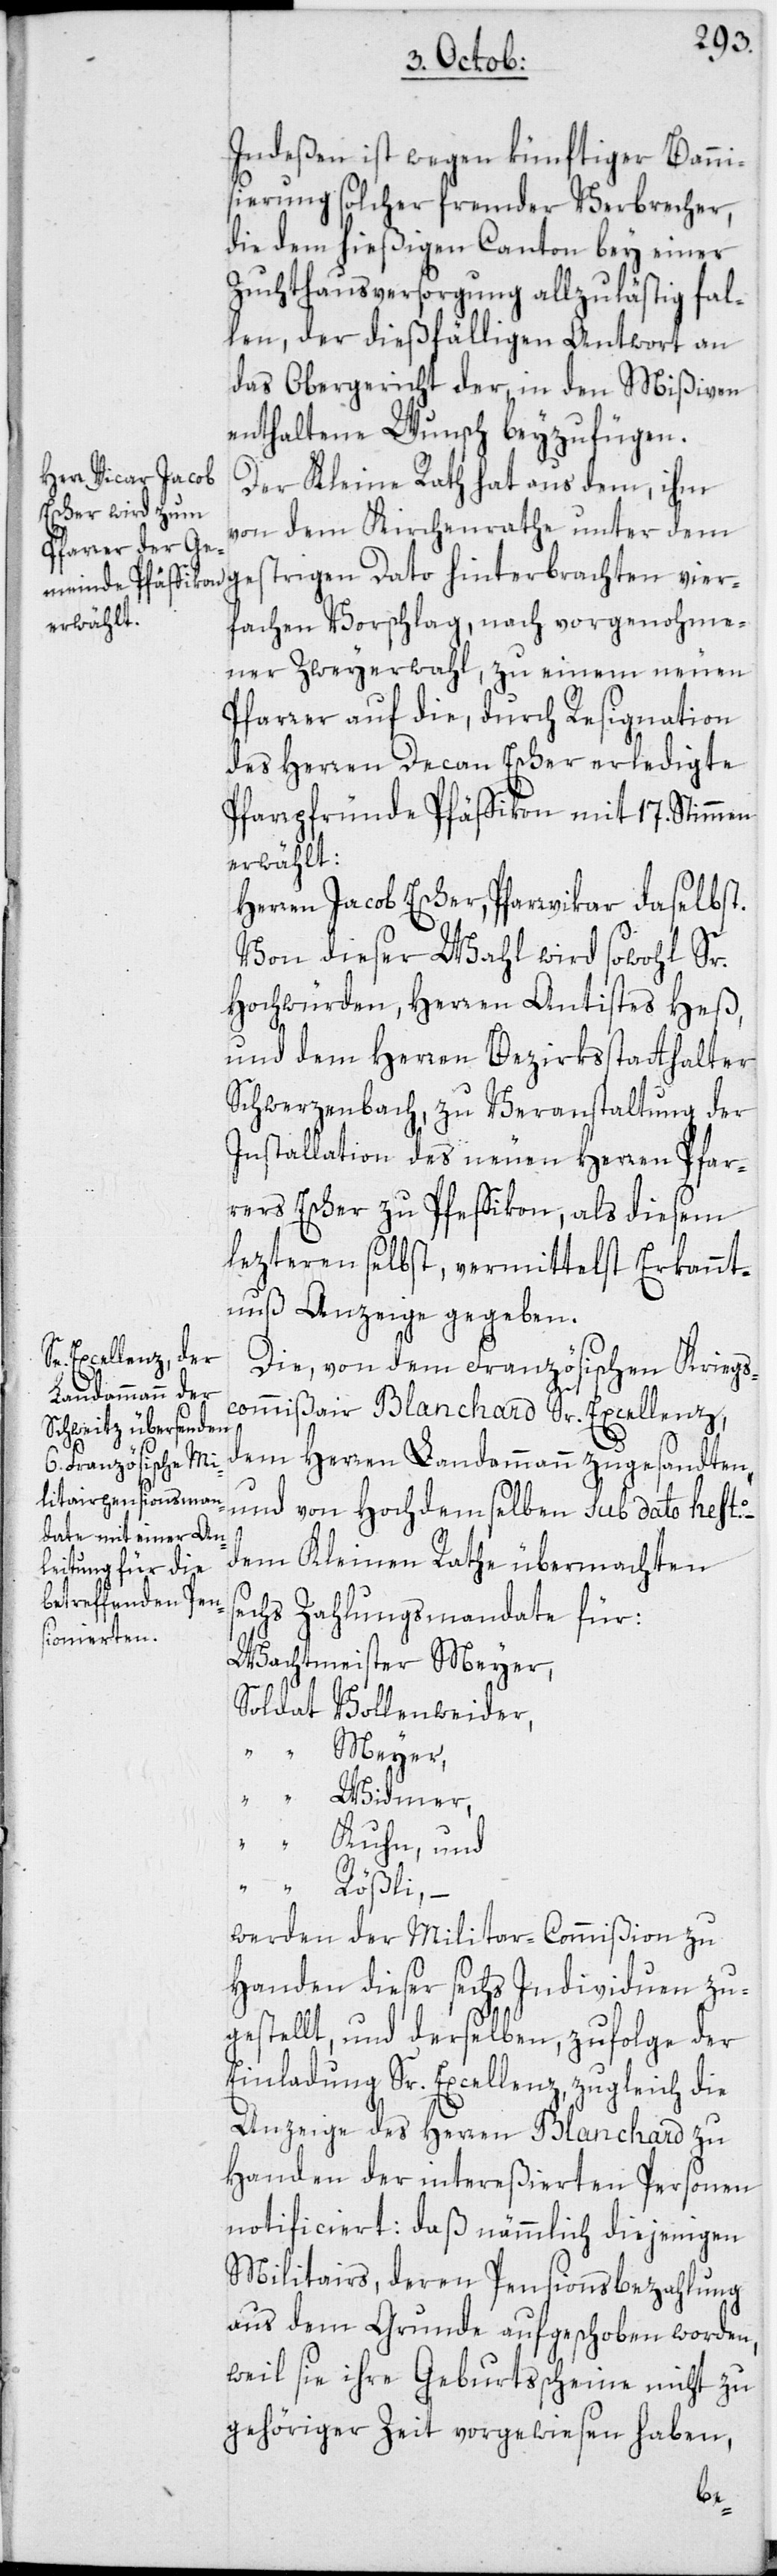
Indeßen ist wegen künftiger Banni¬
sierung solcher fremder Verbrecher,
die dem hießigen Canton bey einer
Zuchthausversorgung allzulästig fal¬
len, der dießfälligen Antwort an
das Obergericht der, in den Mißiven
enthaltene Wunsch beyzufügen.
Der Kleine Rath hat aus dem, ihm
von dem Kirchenrathe unter dem
fachen Vorschlag, nach vorgenohme¬
ner Zweyerwahl, zu einem neuen
Pfarrer auf die, durch Resignation
des Herren Decan Escher erledigte
Pfarrpfründe Pfäffikon mit 17. Stimmen
erwählt:
Herren Jacob Escher, Pfarrvikar daselbst.
Von dieser Wahl wird sowohl Sr.
Hochwürden, Herren Antistes Heß,
und dem Herren Bezirksstatthalter
Schwerzenbach, zu Veranstaltung der
Installation des neuen Herren Pfar¬
rers Escher zu Pfeffikon, als diesem
lezteren selbst, vermittelst Erkannt¬
nuß Anzeige gegeben.
Die, von dem Französischen Kriegs¬
commißair Blanchard Sr. Excellenz,
vier¬
dem Herren Landammann zugesandten,
und von Hochdemselben sub dato hesto.
dem Kleinen Rathe übermachten
sechs Zahlungsmandate für:
Wachtmeister Meyer,
Soldat Vollenweider,
“ Meyer,
“ Widmer,
“ Kuhn, und
“ Rößli, –
werden der Militar-Commißion zu
Handen dieser sechs Individuen zu¬
gestellt, und derselben, zufolge der
Einladung Sr. Excellenz, zugleich die
Anzeige des Herren Blanchard zu
Handen der intereßierten Personen
notificiert: Daß nämmlich diejenigen
Militairs, deren Pensionsbezahlung
aus dem Grunde aufgeschoben worden,
weil sie ihre Geburtsscheine nicht zu
gehöriger Zeit vorgewiesen haben,